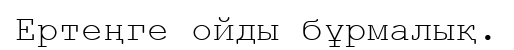
Ертеңге ойды бұрмалық.